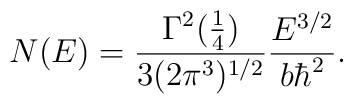
N(E) = {\Gamma^2({1\over4})\over 3 (2 \pi^3)^{1/2}} {E^{3/2}\over b \hbar^2}.